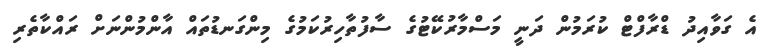
އެ ގަވާއިދު ޑްރާފްޓް ކުރަމުން ދަނީ މަސްމާރުކޭޓުގެ ސާފުތާހިރުކަމުގެ މިންގަނޑުތައް އާންމުންނަށް ރައްކާތެރި